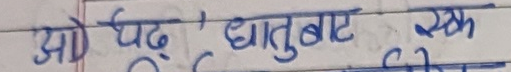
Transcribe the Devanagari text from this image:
अ) पढ् धातुबारे लेख